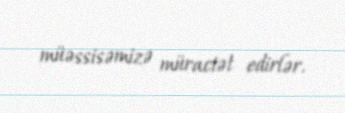
müəssisəmizə müraciət edirlər.